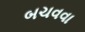
બચવવા